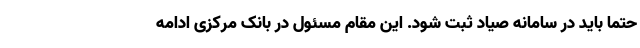
حتماً باید در سامانه صیاد ثبت شود. این مقام مسئول در بانک مرکزی ادامه